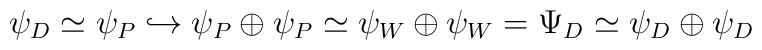
\psi_D\simeq \psi_{P}\hookrightarrow\psi_{P}\oplus\psi_{P}\simeq\psi_W \oplus\psi_W =\Psi_D \simeq\psi_D\oplus\psi_D